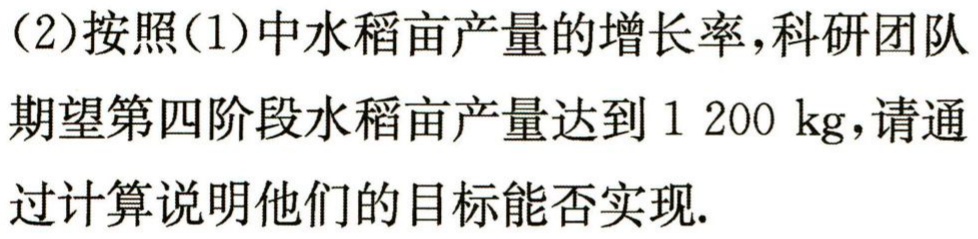
(2)按照(1)中水稻亩产量的增长率，科研团队

期望第四阶段水稻亩产量达到 \(1200\mathrm{kg}\)，请通

过计算说明他们的目标能否实现.